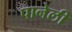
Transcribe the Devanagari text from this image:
पानेली